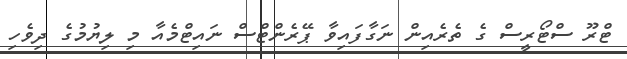
ޓްރޫ ސްޓޯރީސް ގެ ތެރެއިން ނަގާފައިވާ ޕޭރެންޓްސް ނައިޓްމެއާ މި ލިޔުމުގެ ދިވެހި